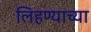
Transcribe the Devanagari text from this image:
लिहण्याच्या